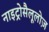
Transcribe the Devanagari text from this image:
नाइट्रोसैलूलोज़